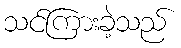
သင်ကြားခဲ့သည်